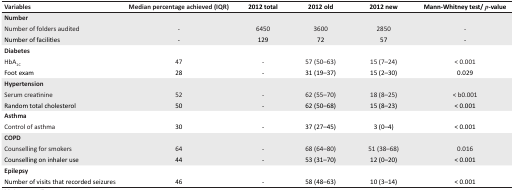
| Variables | Median percentage achieved (IQR) | 2012 total | 2012 old | 2012 new | Mann-Whitney test/ p-value |
 | --- | --- | --- | --- | --- | --- |
 | Number |  |  |  |  |  |
 | Number of folders audited | - | 6450 | 3600 | 2850 | - |
 | Number of facilities | - | 129 | 72 | 57 | - |
 | Diabetes |  |  |  |  |  |
 | HbA1C | 47 | - | 57 (50–63) | 15 (7–24) | < 0.001 |
 | Foot exam | 28 | - | 31 (19–37) | 15 (2–30) | 0.029 |
 | Hypertension |  |  |  |  |  |
 | Serum creatinine | 52 | - | 62 (55–70) | 18 (8–25) | < b0.001 |
 | Random total cholesterol | 50 | - | 62 (50–68) | 15 (8–23) | < 0.001 |
 | Asthma |  |  |  |  |  |
 | Control of asthma | 30 | - | 37 (27–45) | 3 (0–4) | < 0.001 |
 | COPD |  |  |  |  |  |
 | Counselling for smokers | 64 | - | 68 (64–80) | 51 (38–68) | 0.016 |
 | Counselling on inhaler use | 44 | - | 53 (31–70) | 12 (0–20) | < 0.001 |
 | Epilepsy |  |  |  |  |  |
 | Number of visits that recorded seizures | 46 | - | 58 (48–63) | 10 (3–14) | < 0.001 |